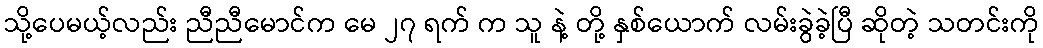
သို့ပေမယ့်လည်း ညီညီမောင်က မေ ၂၇ ရက် က သူ နဲ့ တို့ နှစ်ယောက် လမ်းခွဲခဲ့ပြီ ဆိုတဲ့ သတင်းကို